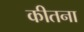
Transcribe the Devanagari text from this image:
कीतना